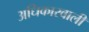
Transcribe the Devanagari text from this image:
अधिकारवाली